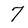
Character: 7